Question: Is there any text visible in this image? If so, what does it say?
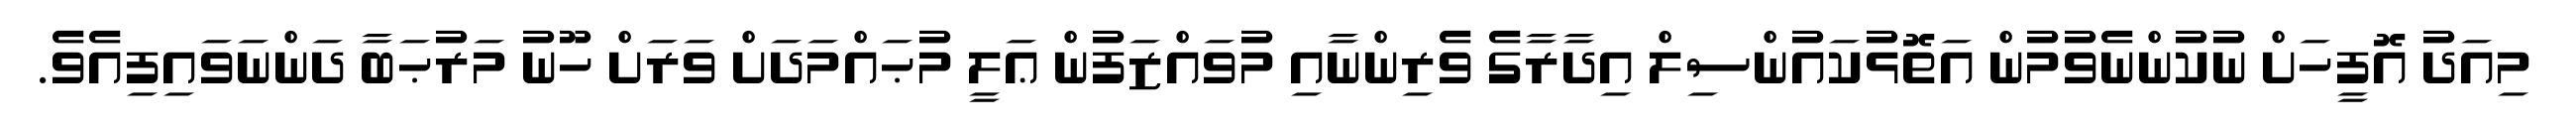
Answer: މިއަދު އޮފީހަށް ނުކުންނެވުމުން އަތޮޅުކައުންސިލް އިދާރާގެ ވެރިންނާއި މުވައްޒަފުން ޢަލީ މުޙައްމަދަށް ވަރަށް ހޫނު މަރުޙަބާ ދަންނަވައިފިއެވެ.